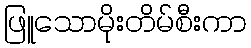
ဖြူသောမိုးတိမ်စီးကာ